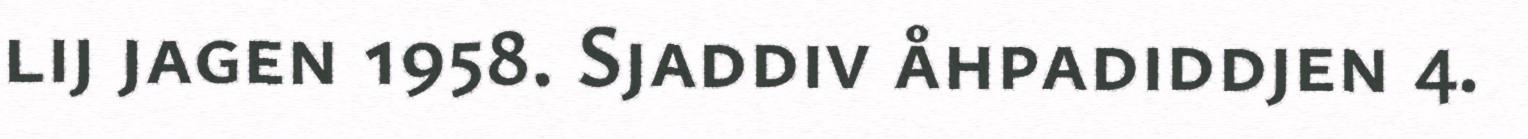
lij jagen 1958. Sjaddiv åhpadiddjen 4.